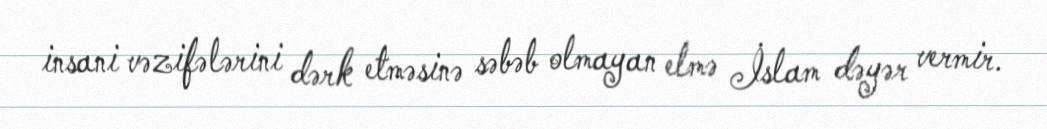
insani vəzifələrini dərk etməsinə səbəb olmayan elmə İslam dəyər vermir.